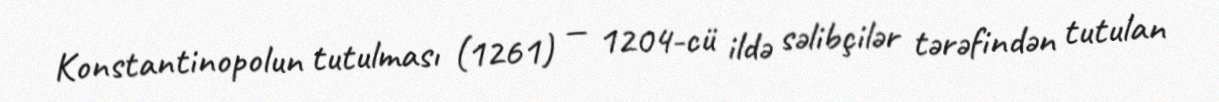
Konstantinopolun tutulması (1261) — 1204-cü ildə səlibçilər tərəfindən tutulan